Civil Veterinary Dept. Bombay admin report 1914-1922 - 1914-1922
Year: 1914
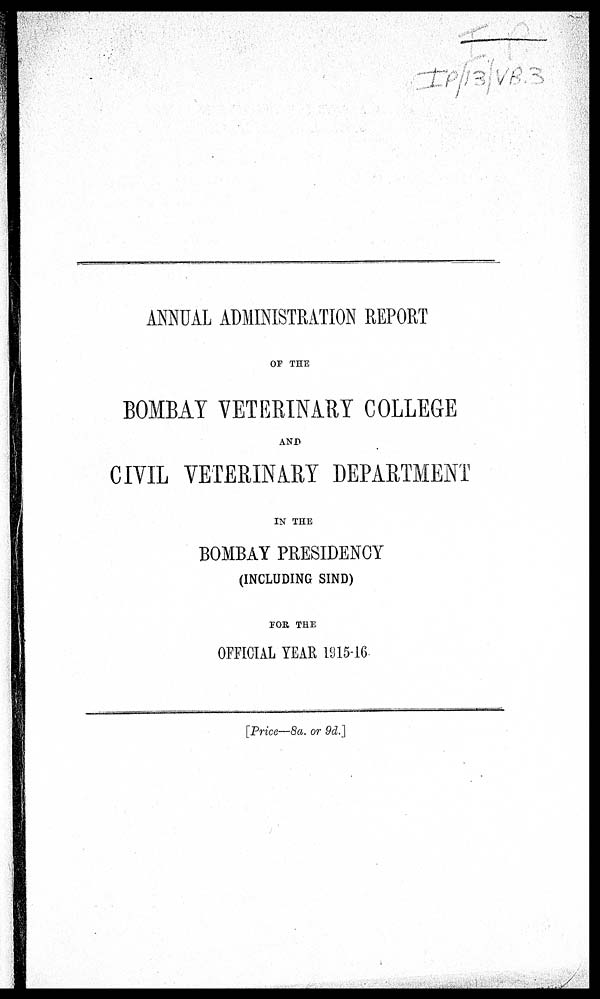
ANNUAL ADMINISTRATION REPORT
OF THE
BOMBAY VETERINARY COLLEGE
AND
CIVIL VETERINARY DEPARTMENT
IN THE
BOMBAY PRESIDENCY
(INCLUDING SIND)
FOR THE
OFFICIAL YEAR 1915-16
[Price—8a. or 9d.]